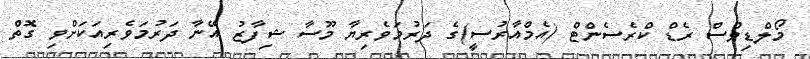
މޯލްޑިވްސް ރެޑް ކްރެސެންޓް (އެމްއާރުސީ)ގެ ދަރުމަވެރިޔާ މޫސާ ޝިފާޒު އޭނާ ދަރުމަވެރިއަކަށްވި ގޮތް